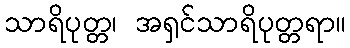
သာရိပုတ္တ၊ အရှင်သာရိပုတ္တရာ။